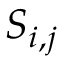
S _ { i , j }